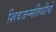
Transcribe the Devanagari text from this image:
शिवजन्मतिथीचे